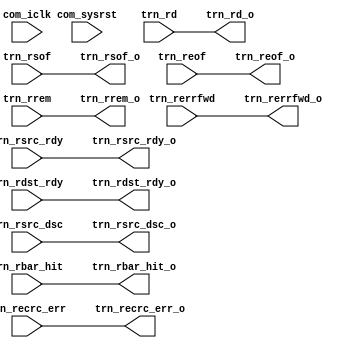
`timescale 1ps/1ps

module axi_enhanced_pcie_v1_04_a_axi_enhanced_rx_destraddler #(
  parameter C_DATA_WIDTH = 32,                          // RX/TX interface data width
  parameter C_FAMILY = "X7",                            // Targeted FPGA family
  parameter TCQ = 1,                                    // Clock to Q time

  // Do not override parameters below this line
  parameter REM_WIDTH  = (C_DATA_WIDTH == 128) ? 2 : 1, // trem/rrem width
  parameter RBAR_WIDTH = (C_FAMILY == "X7") ? 8 : 7,    // trn_rbar_hit width
  parameter STRB_WIDTH = C_DATA_WIDTH / 8               // TSTRB width
  ) (

  //---------------------------------------------------------------------------
  // TRN RX
  //---------------------------------------------------------------------------
  input      [C_DATA_WIDTH-1:0] trn_rd,                 // RX data from block
  input                         trn_rsof,               // RX start of packet
  input                         trn_reof,               // RX end of packet
  input                         trn_rsrc_rdy,           // RX source ready
  output                        trn_rdst_rdy_o,         // RX destination ready
  input                         trn_rsrc_dsc,           // RX source discontinue
  input         [REM_WIDTH-1:0] trn_rrem,               // RX remainder
  input                         trn_rerrfwd,            // RX error forward
  input        [RBAR_WIDTH-1:0] trn_rbar_hit,           // RX BAR hit
  input                         trn_recrc_err,          // RX ECRC error

  //--------------------------------------------------------------------------
  //TRN Realigned outputs to the RX data pipeline and Null Generator
  //--------------------------------------------------------------------------

  output  reg [C_DATA_WIDTH-1:0]trn_rd_o,               // Realigned data output
  output  reg                   trn_rsof_o,             // Realigned start of Frame
  output  reg                   trn_reof_o,             // Realigned End of Frame
  output  reg                   trn_rsrc_rdy_o,         // Realigned Source ready
  input                         trn_rdst_rdy,           // Destination ready from user
  output  reg                   trn_rsrc_dsc_o,         // Discontinue realigned
  output  reg   [REM_WIDTH-1:0] trn_rrem_o,             // RREM realigned
  output  reg                   trn_rerrfwd_o,          // rerrfwd realigned
  output  reg  [RBAR_WIDTH-1:0] trn_rbar_hit_o,         // RBAR hit realigned
  output  reg                   trn_recrc_err_o,        // ECRC error realigned

  //---------------------------------------------------------------------------
  // System
  //---------------------------------------------------------------------------

  input                         com_iclk,               // user clock from block
  input                         com_sysrst              // user reset from block

);

generate
// C_DATA_WIDTH == 128
if(C_DATA_WIDTH == 128) begin : data_width_128

  localparam               IDLE             = 2'b00;
  localparam               PROCESS_TLP_BEAT = 2'b01;
  localparam               THROTTLE_TLP     = 2'b10;

  reg [1:0]                state;
  reg                      local_throttle;
  // internal storage
  reg [C_DATA_WIDTH/2-1:0] trn_rd_d;
  reg                      trn_rsof_d;
  reg                      trn_reof_d;
  reg                      trn_rsrc_rdy_d;
  reg                      trn_rsrc_dsc_d;
  reg    [REM_WIDTH-1:0]   trn_rrem_d;
  reg                      trn_rerrfwd_d;
  reg   [RBAR_WIDTH-1:0]   trn_rbar_hit_d;
  reg                      trn_recrc_err_d;

  assign trn_rdst_rdy_o = trn_rdst_rdy && !local_throttle;

  // Internal buffer to store TRN signals
  always@(posedge com_iclk) begin
    if(com_sysrst) begin
      trn_rd_d            <= #TCQ {C_DATA_WIDTH/2{1'b0}};
      trn_rsof_d          <= #TCQ 1'b0;
      trn_reof_d          <= #TCQ 1'b0;
      trn_rsrc_rdy_d      <= #TCQ 1'b0;
      trn_rsrc_dsc_d      <= #TCQ 1'b0;
      trn_rrem_d          <= #TCQ {REM_WIDTH{1'b0}};
      trn_rerrfwd_d       <= #TCQ 1'b0;
      trn_rbar_hit_d      <= #TCQ {RBAR_WIDTH{1'b0}};
      trn_recrc_err_d     <= #TCQ 1'b0;
    end
    else begin
      // Enable signal for registers
      if(trn_rdst_rdy) begin
        trn_rd_d          <= #TCQ trn_rd[63:0];
        trn_rsof_d        <= #TCQ trn_rsof;
        trn_reof_d        <= #TCQ trn_reof;
        trn_rsrc_rdy_d    <= #TCQ trn_rsrc_rdy;
        trn_rsrc_dsc_d    <= #TCQ trn_rsrc_dsc;
        trn_rrem_d        <= #TCQ trn_rrem;
        trn_rerrfwd_d     <= #TCQ trn_rerrfwd;
        trn_rbar_hit_d    <= #TCQ trn_rbar_hit;
        trn_recrc_err_d   <= #TCQ trn_recrc_err;
      end
    end
  end

  // Output driver logic based on StateMachine state values and TRN inputs
  always@(trn_rd,trn_rsof,trn_reof,trn_rrem,trn_rsrc_dsc,trn_rsrc_rdy,trn_rdst_rdy,
          trn_recrc_err,trn_rerrfwd,trn_rbar_hit,state,local_throttle,com_sysrst) begin
    if(com_sysrst) begin
      trn_rd_o            <= {C_DATA_WIDTH{1'b0}};
      trn_rsof_o          <= 1'b0;
      trn_reof_o          <= 1'b0;
      trn_rsrc_rdy_o      <= 1'b0;
      trn_rsrc_dsc_o      <= 1'b0;
      trn_rrem_o          <= {REM_WIDTH{1'b0}};
      trn_rerrfwd_o       <= 1'b0;
      trn_rbar_hit_o      <= {RBAR_WIDTH{1'b0}};
      trn_recrc_err_o     <= 1'b0;
    end
    else begin
      case(state)
      IDLE : begin
               if(trn_rsof && !trn_rrem[1] && !trn_reof && trn_rdst_rdy && trn_rsrc_rdy) begin // Unaligned TLP
                 // Create a void i.e. Pass default '0' values to all outputs
                 trn_rd_o            <= {C_DATA_WIDTH{1'b0}};
                 trn_rsof_o          <= 1'b0;
                 trn_reof_o          <= 1'b0;
                 trn_rsrc_rdy_o      <= 1'b0;
                 trn_rsrc_dsc_o      <= 1'b0;
                 trn_rrem_o          <= {REM_WIDTH{1'b0}};
                 trn_rerrfwd_o       <= 1'b0;
                 trn_rbar_hit_o      <= {RBAR_WIDTH{1'b0}};
                 trn_recrc_err_o     <= 1'b0;
               end
               else if(trn_rsof && trn_reof && !trn_rrem[1] && trn_rdst_rdy && trn_rsrc_rdy) begin // straddled Beat
                 // Pass only EOF
                 trn_rd_o            <= {trn_rd[127:64],64'b0};
                 trn_rsof_o          <= 1'b0;
                 trn_reof_o          <= trn_reof;
                 trn_rsrc_rdy_o      <= trn_rsrc_rdy;
                 trn_rsrc_dsc_o      <= trn_rsrc_dsc;
                 trn_rrem_o          <= {1'b0,trn_rrem[0]};
                 trn_rerrfwd_o       <= trn_rerrfwd_d;   // Old value
                 trn_rbar_hit_o      <= trn_rbar_hit_d;  // Old value
                 trn_recrc_err_o     <= trn_recrc_err;   // New value is used
  
               end
               else begin // Default
                 trn_rd_o            <= trn_rd;
                 trn_rsof_o          <= trn_rsof;
                 trn_reof_o          <= trn_reof;
                 trn_rsrc_rdy_o      <= trn_rsrc_rdy;
                 trn_rsrc_dsc_o      <= trn_rsrc_dsc;
                 trn_rrem_o          <= trn_rrem;
                 trn_rerrfwd_o       <= trn_rerrfwd;
                 trn_rbar_hit_o      <= trn_rbar_hit;
                 trn_recrc_err_o     <= trn_recrc_err;
               end
             end
      PROCESS_TLP_BEAT : begin
               // eof in [127:64] only and no straddled beat
               if (trn_reof && !trn_rsof && !trn_rrem[1] && trn_rdst_rdy && trn_rsrc_rdy) begin
                 // adjust stored values with the live ones
                 trn_rd_o            <= {trn_rd_d,trn_rd[127:64]};
                 trn_rsof_o          <= trn_rsof_d;
                 trn_reof_o          <= trn_reof;
                 trn_rsrc_rdy_o      <= trn_rsrc_rdy;
                 trn_rsrc_dsc_o      <= trn_rsrc_dsc;
                 trn_rrem_o          <= {1'b1,trn_rrem[0]}; // Can be D0 D1 D2 -- or D0 D1 D2 D3 or H0 H1 H2 H3(D0/--)
                 trn_rerrfwd_o       <= trn_rerrfwd_d;
                 trn_rbar_hit_o      <= trn_rbar_hit_d;
                 trn_recrc_err_o     <= trn_recrc_err;
               end
               // Straddled beat
               // adjust stored values with the live ones. previous TLP ends here 
               else if(trn_reof && trn_rsof && trn_rdst_rdy && trn_rsrc_rdy) begin
                 trn_rd_o            <= {trn_rd_d,trn_rd[127:64]};
                 trn_rsof_o          <= trn_rsof_d;  // Old value
                 trn_reof_o          <= trn_reof;
                 trn_rsrc_rdy_o      <= trn_rsrc_rdy;
                 trn_rsrc_dsc_o      <= trn_rsrc_dsc;
                 trn_rrem_o          <= {1'b1,trn_rrem[0]}; // Can be D2 D1 D0 -- or D3 D3 D1 D0
                 trn_rerrfwd_o       <= trn_rerrfwd_d;
                 trn_rbar_hit_o      <= trn_rbar_hit_d;
                 trn_recrc_err_o     <= trn_recrc_err;
               end
               // eof beat having more than 2DW
               else if(trn_reof && trn_rdst_rdy && trn_rsrc_rdy) begin
                 // Pass {stored, live}
                 trn_rd_o            <= {trn_rd_d,trn_rd[127:64]};
                 trn_rsof_o          <= trn_rsof_d;
                 trn_reof_o          <= 1'b0;
                 trn_rsrc_rdy_o      <= trn_rsrc_rdy_d;
                 trn_rsrc_dsc_o      <= trn_rsrc_dsc;
                 trn_rrem_o          <= {REM_WIDTH{1'b1}};
                 trn_rerrfwd_o       <= trn_rerrfwd_d;
                 trn_rbar_hit_o      <= trn_rbar_hit_d;
                 trn_recrc_err_o     <= trn_recrc_err_d;
               end
               // Mid-Packet transfer
               else begin
                 // Pass {stored, live}
                 trn_rd_o            <= {trn_rd_d,trn_rd[127:64]};
                 trn_rsof_o          <= trn_rsof_d;
                 trn_reof_o          <= trn_reof;
                 trn_rsrc_rdy_o      <= trn_rsrc_rdy_d;
                 trn_rsrc_dsc_o      <= trn_rsrc_dsc;
                 trn_rrem_o          <= {REM_WIDTH{1'b1}};
                 trn_rerrfwd_o       <= trn_rerrfwd_d;
                 trn_rbar_hit_o      <= trn_rbar_hit_d;
                 trn_recrc_err_o     <= trn_recrc_err;
               end
             end
      default : begin
               // Throttle PCIe interface (will be for 1 cycle only)
               // Use stored values only in this state
               trn_rd_o              <= {trn_rd_d,64'b0};
               trn_rsof_o            <= trn_rsof_d;
               trn_reof_o            <= trn_reof_d;
               trn_rsrc_rdy_o        <= trn_rsrc_rdy_d;
               trn_rsrc_dsc_o        <= trn_rsrc_dsc_d;
               trn_rrem_o            <= {1'b0,trn_rrem_d[0]}; // Can be D1 D0 -- -- or D0 -- -- --
               trn_rerrfwd_o         <= trn_rerrfwd_d;
               trn_rbar_hit_o        <= trn_rbar_hit_d;
               trn_recrc_err_o       <= trn_recrc_err_d;
             end
      endcase
    end
  end

  // State Machine to re-align TLPs
  always @(posedge com_iclk) begin
    if(com_sysrst || trn_rsrc_dsc) begin
      state <= #TCQ IDLE;
      local_throttle <= #TCQ 1'b0;
    end
    else begin
      case(state)
      IDLE: begin
              // Unaligned TLP start or Straddle Beat
              if(((trn_rsof && !trn_reof) || (trn_rsof && trn_reof )) && !trn_rrem[1] && trn_rdst_rdy && trn_rsrc_rdy) begin
                state <= #TCQ PROCESS_TLP_BEAT;
              end
              local_throttle <= #TCQ 1'b0;
            end
      PROCESS_TLP_BEAT: begin
              // Wait for eof only
              if (trn_reof && !trn_rsof && trn_rdst_rdy && trn_rsrc_rdy) begin
                // eof in [128:64] only
                if(!trn_rrem[1]) begin
                  state <= #TCQ IDLE;
                  local_throttle <= #TCQ 1'b0;
                end
                // eof in [128:0]
                else begin
                  state <= #TCQ THROTTLE_TLP;
                  local_throttle <= #TCQ 1'b1;
                end
              end
            end
      default : begin
              if(trn_rdst_rdy) begin
                state  <= #TCQ IDLE;
                local_throttle <= #TCQ 1'b0;
              end
            end
      endcase
    end
  end

end // data_width_128
// C_DATA_WIDTH == 32 or C_DATA_WIDTH == 64
else begin: data_width_32_64
  // Direct mapping of inputs to outputs
  always@(*) begin
      trn_rd_o            <= trn_rd;
      trn_rsof_o          <= trn_rsof;
      trn_reof_o          <= trn_reof;
      trn_rsrc_rdy_o      <= trn_rsrc_rdy;
      trn_rsrc_dsc_o      <= trn_rsrc_dsc;
      trn_rrem_o          <= trn_rrem;
      trn_rerrfwd_o       <= trn_rerrfwd;
      trn_rbar_hit_o      <= trn_rbar_hit;
      trn_recrc_err_o     <= trn_recrc_err;
  end
  assign trn_rdst_rdy_o = trn_rdst_rdy;
end // data_width_32_64

endgenerate

endmodule